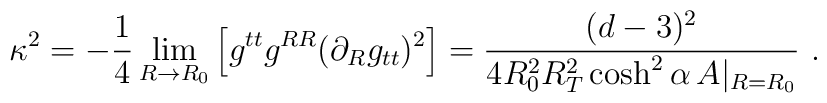
\kappa^2 = - \frac{1}{4} \lim_{R\rightarrow R_0}\Big[ g^{tt} g^{RR} (\partial_R g_{tt})^2 \Big]= \frac{(d-3)^2}{4 R_0^2 R_T^2 \cosh^2 \alpha \, A|_{R=R_0} } \ .